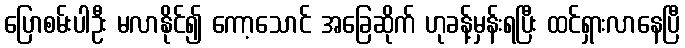
ပြောစမ်းပါဦး မလာနိုင်၍ ကော့သောင် အခြေဆိုက် ဟုခန့်မှန်းရပြီး ထင်ရှားလာနေပြီ